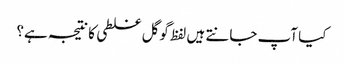
کیا آپ جانتے ہیں لفظ گوگل غلطی کا نتیجہ ہے؟